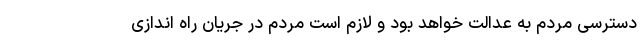
دسترسی مردم به عدالت خواهد بود و لازم است مردم در جریان راه اندازی